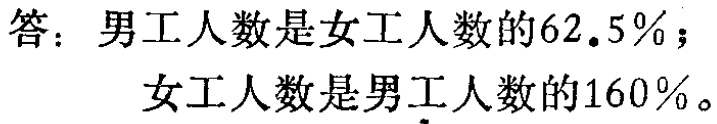
答：男工人数是女工人数的\(62.5\%\)；

女工人数是男工人数的\(160\%\)。